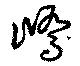
嶠